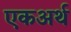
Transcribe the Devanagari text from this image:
एकअर्थ